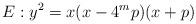
LaTeX: \begin{align*} E : y^{2} = x(x-4^{m}p)(x+p)\end{align*}